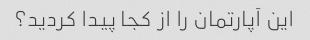
این آپارتمان را از کجا پیدا کردید؟